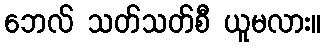
ဘေလ် သတ်သတ်စီ ယူမလား။